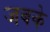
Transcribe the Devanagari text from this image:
जबके